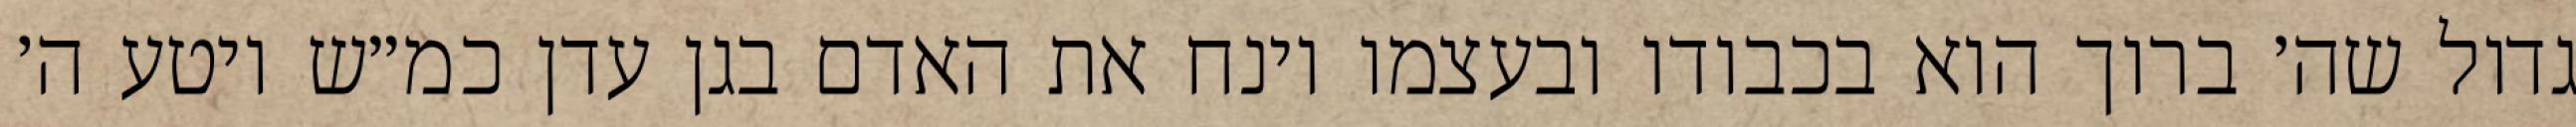
גדול שה׳ ברוך הוא בכבודו ובעצמו וינח את האדם בגן עדן כמ״ש ויטע ה׳